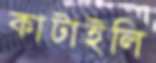
কাটাইলি